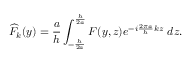
\displaystyle \widehat { F } _ { k } ( y ) = \frac { a } { h } \int _ { - \frac { h } { 2 a } } ^ { \frac { h } { 2 a } } F ( y , z ) e ^ { - i \frac { 2 \pi a } { h } k z } ~ d z .